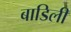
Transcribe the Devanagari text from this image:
बाडिली